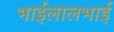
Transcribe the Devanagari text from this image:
भाईलालभाई